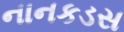
નાનકડસ